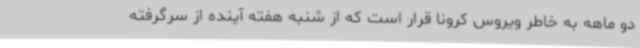
دو ماهه به خاطر ویروس کرونا قرار است که از شنبه هفته آینده از سرگرفته